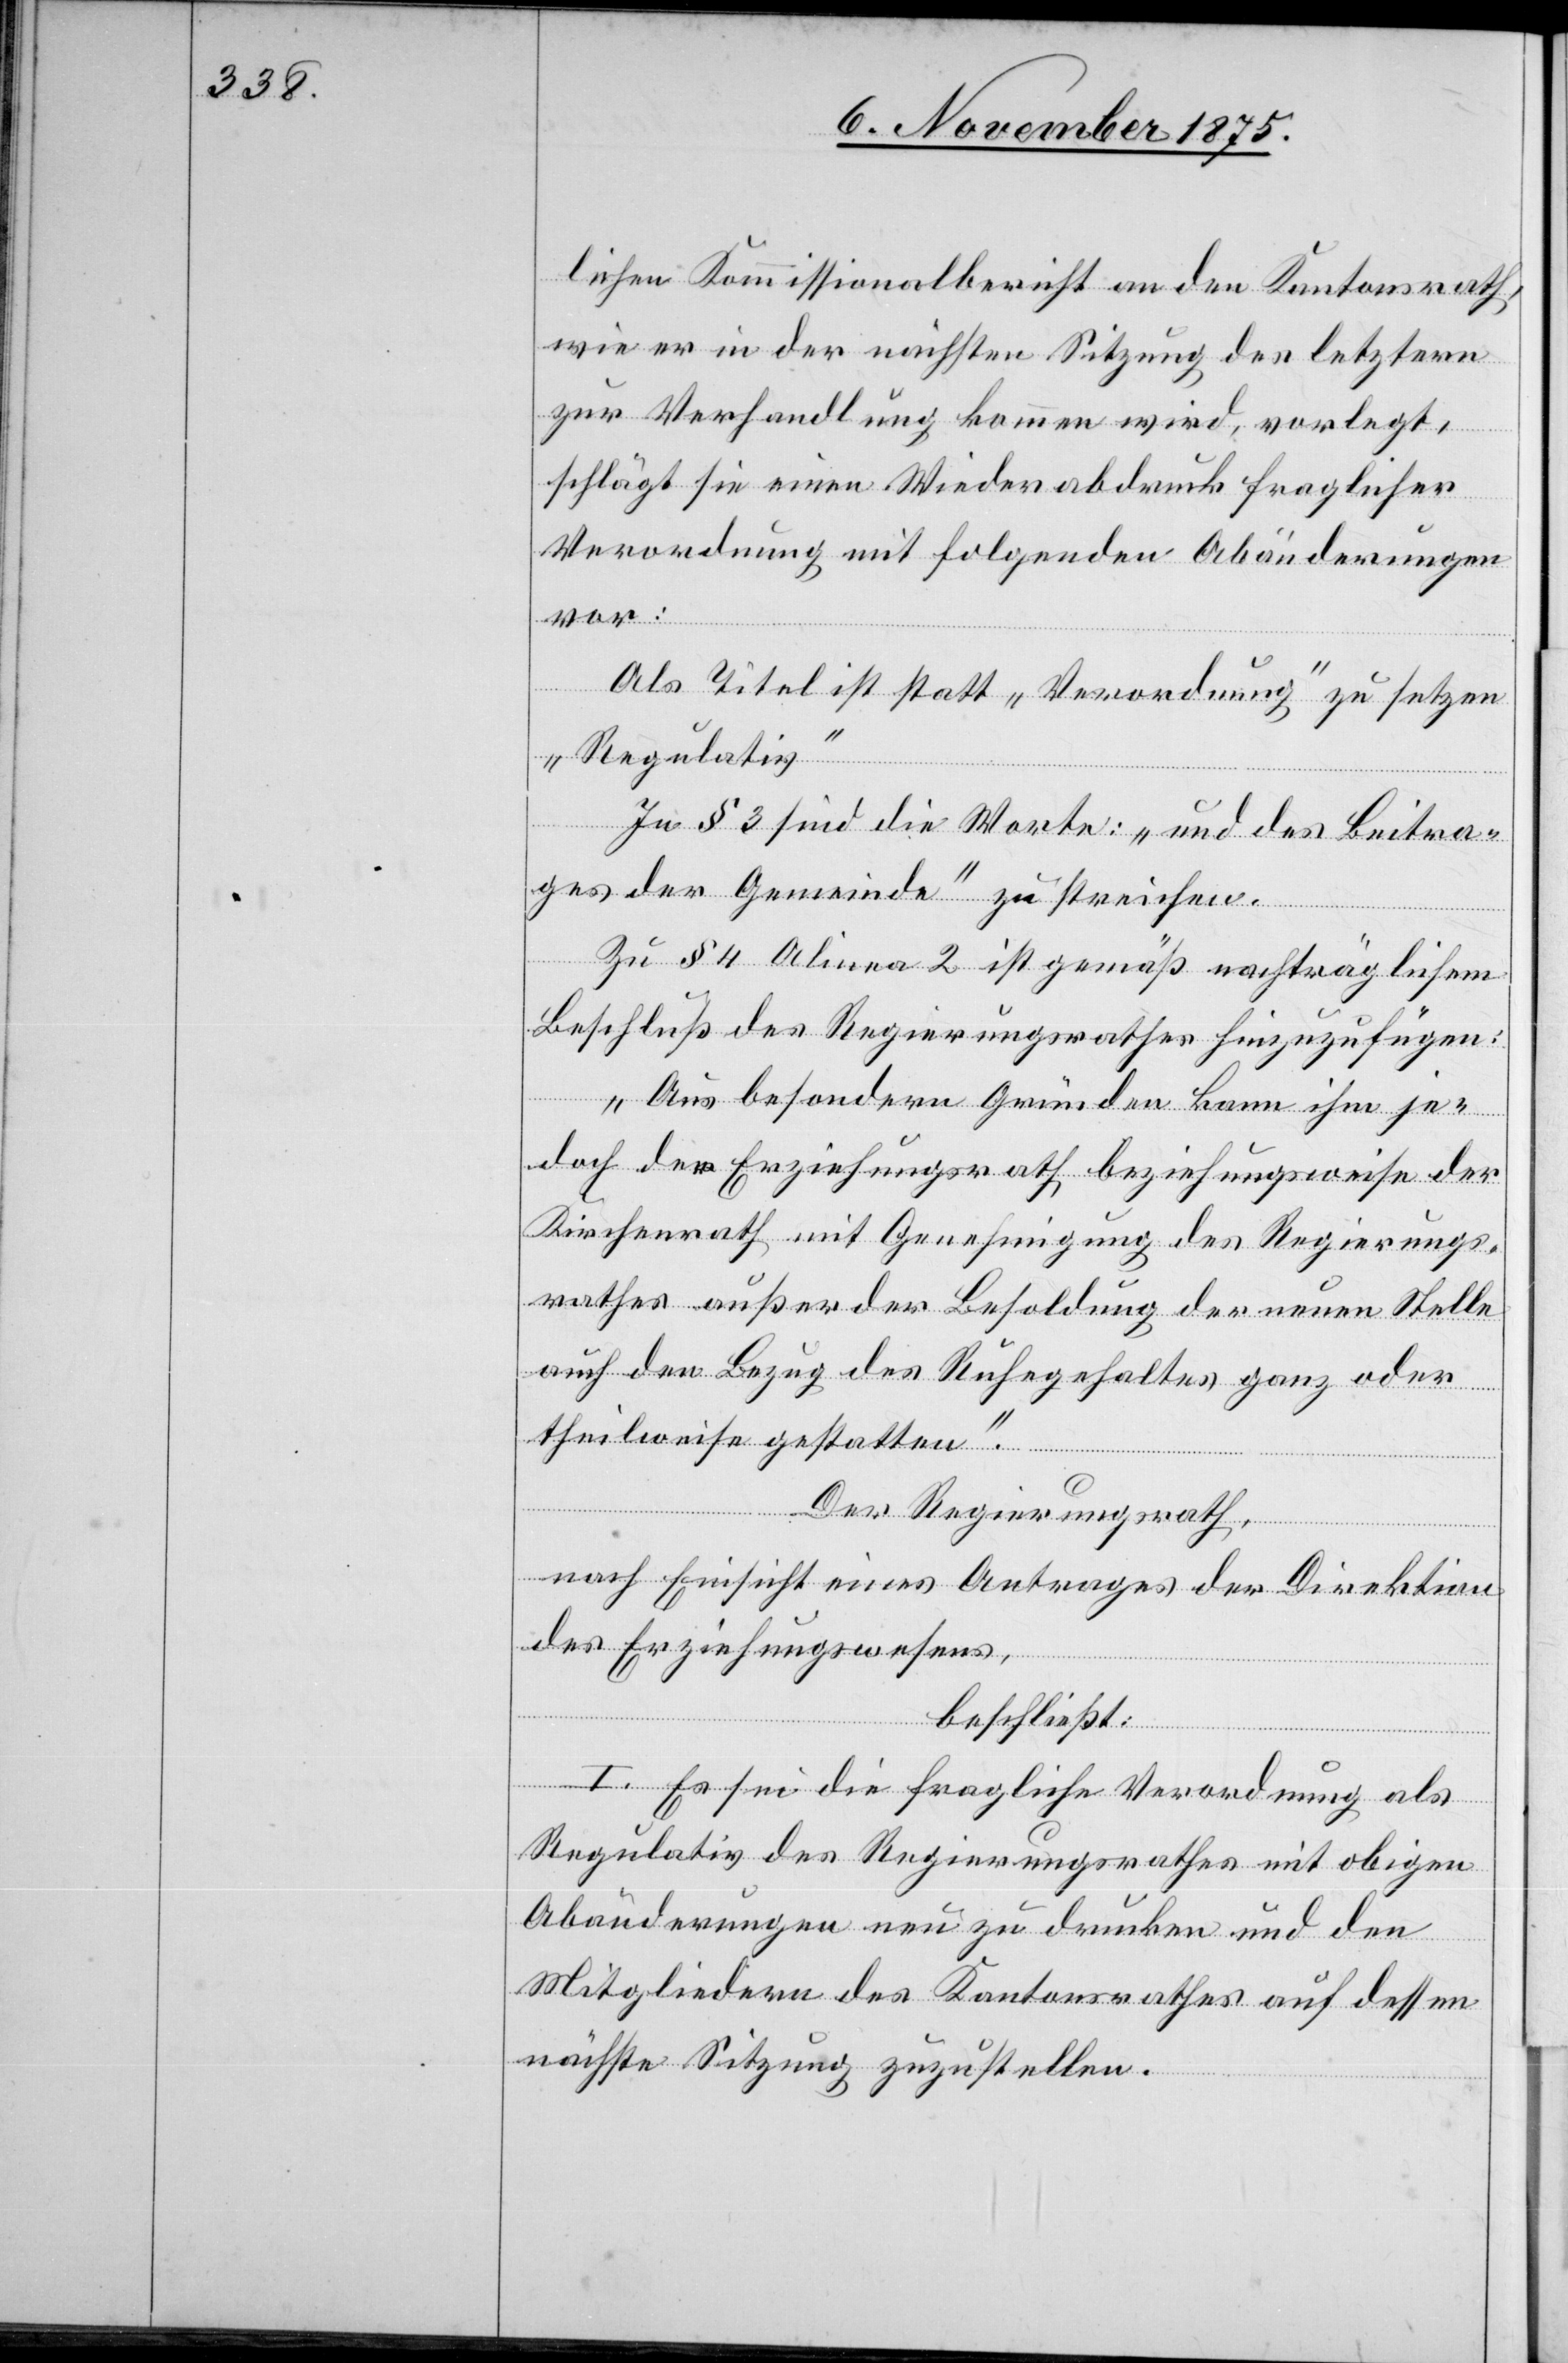
lichen Kommissionalbericht an den Kantonsrath,
wie er in der nächsten Sitzung des letztern
zur Verhandlung kommen wird, vorlegt,
schlägt sie einen Wiederabdruck fraglicher
Verordnung mit folgenden Abänderungen
vor:
Als Titel ist statt „Verordnung“ zu setzen
„Regulativ“
In § 3 sind die Worte; „und des Beitra¬
ges der Gemeinde“ zu streichen.
Zu § 4 Alinea 2 ist gemäß nachträglichem
Beschluß des Regierungsrathes hinzuzufügen:
„Aus besondern Gründen kann ihm je¬
doch der Erziehungsrath, beziehungsweise der
Kirchenrath mit Genehmigung des Regierungs¬
rathes außer der Besoldung der neuen Stelle
auch den Bezug des Ruhegehaltes ganz oder
theilweise gestatten.“
Der Regierungsrath,
nach Einsicht eines Antrages der Direktion
des Erziehungswesens,
beschließt:
I. Es sei die fragliche Verordnung als
Regulativ des Regierungsrathes mit obigen
Abänderungen neu zu drucken und den
Mitgliedern des Kantonsrathes auf dessen
nächste Sitzung zuzustellen.